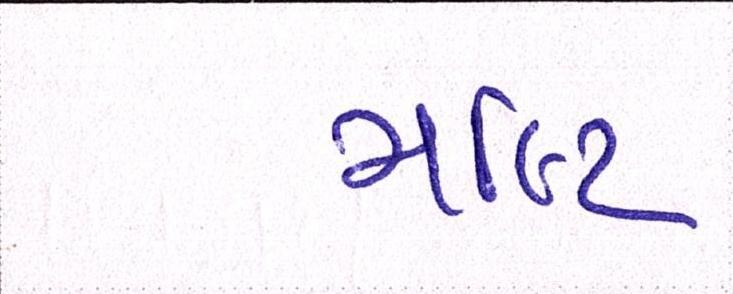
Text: મલ્ટિ